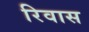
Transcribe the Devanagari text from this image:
रिवास